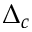
\Delta _ { c }